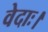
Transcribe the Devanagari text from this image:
वेदाः।